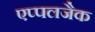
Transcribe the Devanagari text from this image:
एप्पलजैक